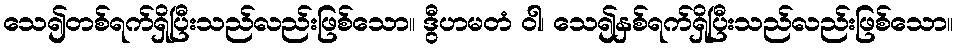
သေ၍တစ်ရက်ရှိပြီးသည်လည်းဖြစ်သော။ ဒွီဟမတံ ဝါ၊ သေ၍နှစ်ရက်ရှိပြီးသည်လည်းဖြစ်သော။